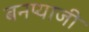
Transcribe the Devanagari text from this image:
बनप्याजी